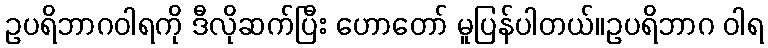
ဥပရိဘာဂဝါရကို ဒီလိုဆက်ပြီး ဟောတော် မူပြန်ပါတယ်။ဥပရိဘာဂ ဝါရ